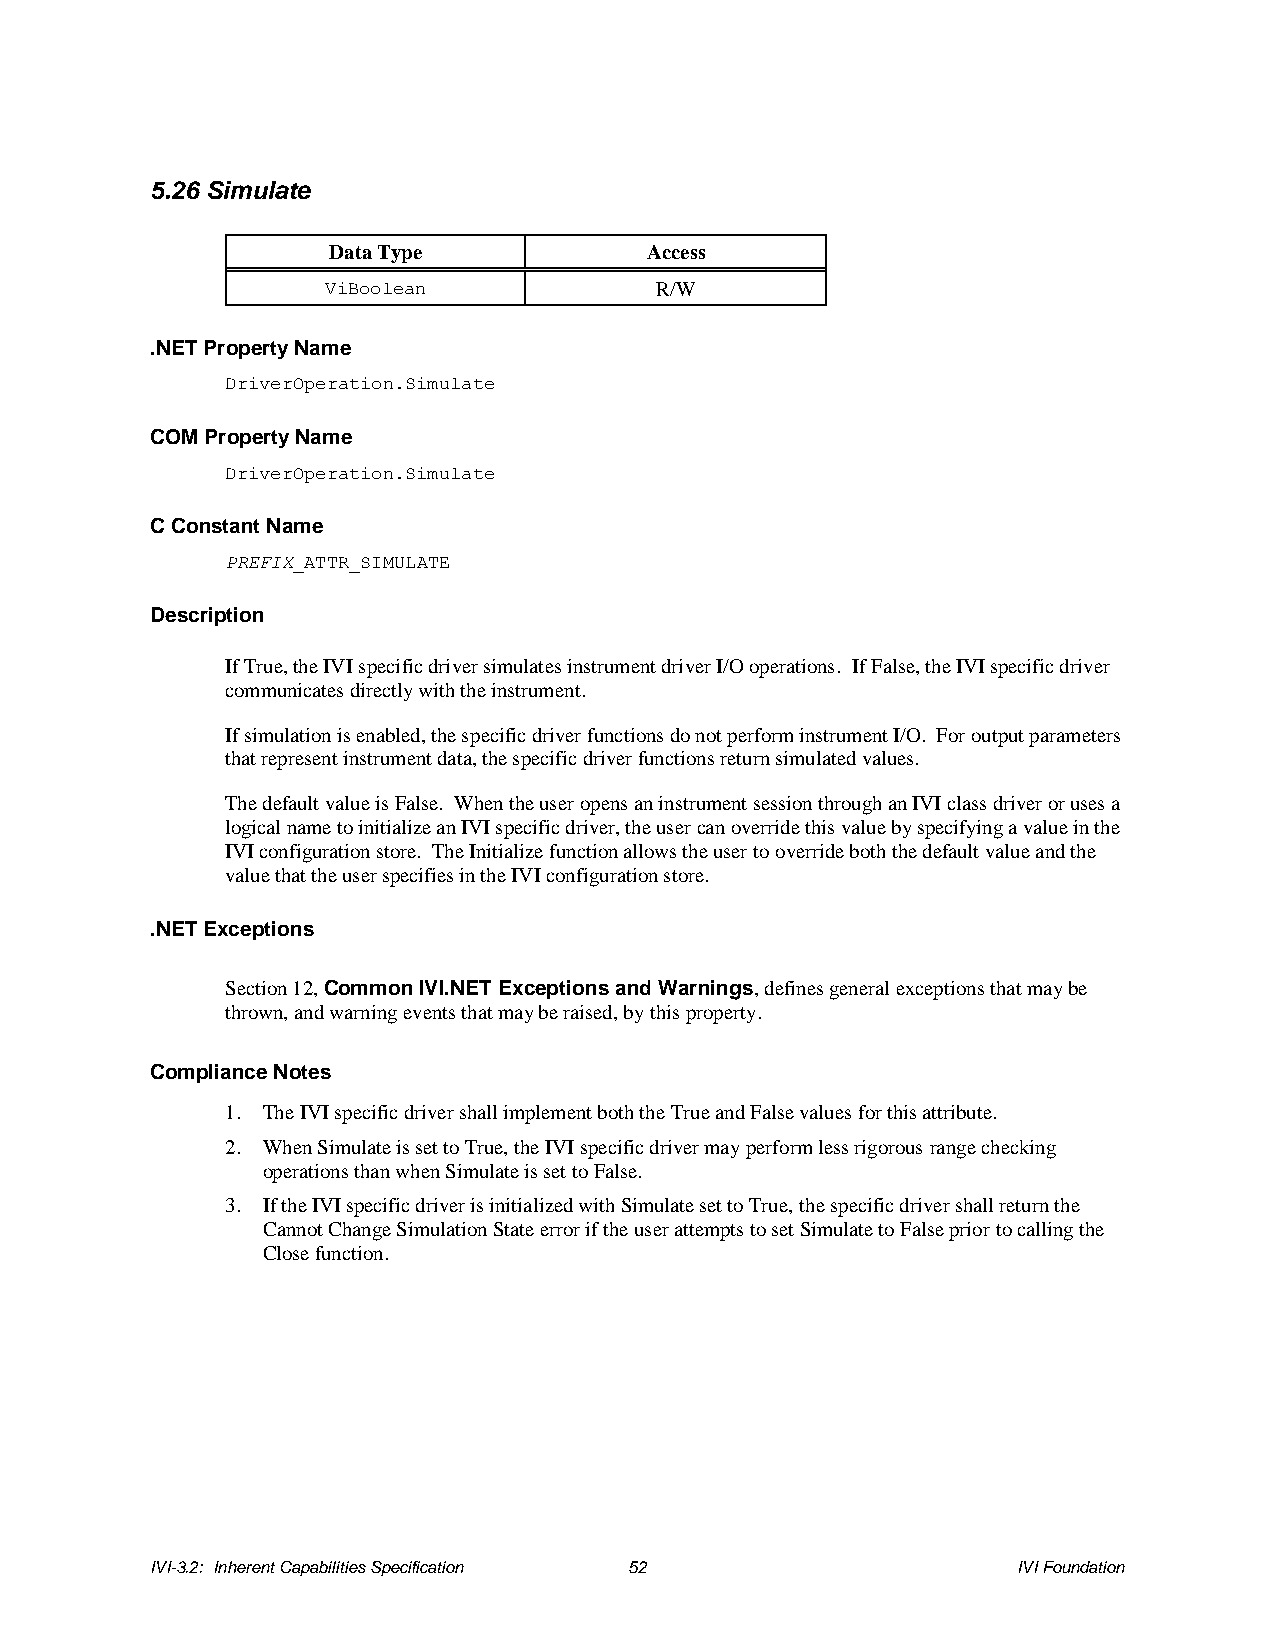
5.26 Simulate
 Data Type            Access
 ViBoolean            R/W
 .NET Property Name
 DriverOperation.Simulate
 COM Property Name
 DriverOperation.Simulate
 C Constant Name
 PREFIX_ATTR_SIMULATE
 Description
 If True, the IVI specific driver simulates instrument driver I/O operations. If False, the IVI specific driver
 communicates directly with the instrument.
 If simulation is enabled, the specific driver functions do not perform instrument I/O. For output parameters
 that represent instrument data, the specific driver functions return simulated values.
 The default value is False. When the user opens an instrument session through an IVI class driver or uses a
 logical name to initialize an IVI specific driver, the user can override this value by specifying a value in the
 IVI configuration store. The Initialize function allows the user to override both the default value and the
 value that the user specifies in the IVI configuration store.
 .NET Exceptions
 Section 12, Common IVI.NET Exceptions and Warnings, defines general exceptions that may be
 thrown, and warning events that may be raised, by this property.
 Compliance Notes
 1. The IVI specific driver shall implement both the True and False values for this attribute.
 2. When Simulate is set to True, the IVI specific driver may perform less rigorous range checking
 operations than when Simulate is set to False.
 3. If the IVI specific driver is initialized with Simulate set to True, the specific driver shall return the
 Cannot Change Simulation State error if the user attempts to set Simulate to False prior to calling the
 Close function.
 IVI-3.2: Inherent Capabilities Specification 52          IVI Foundation